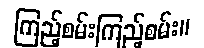
ကြည့်စမ်းကြည့်စမ်း။